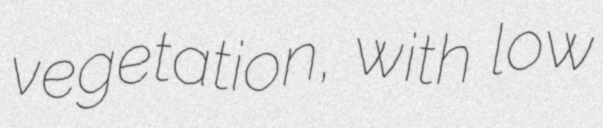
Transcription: vegetation, with low